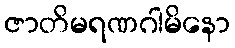
ဇာတိမရဏဂါမိနော